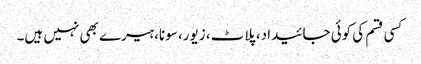
کسی قسم کی کوئی جائیداد، پلاٹ، زیور، سونا، ہیرے بھی نہیں ہیں۔